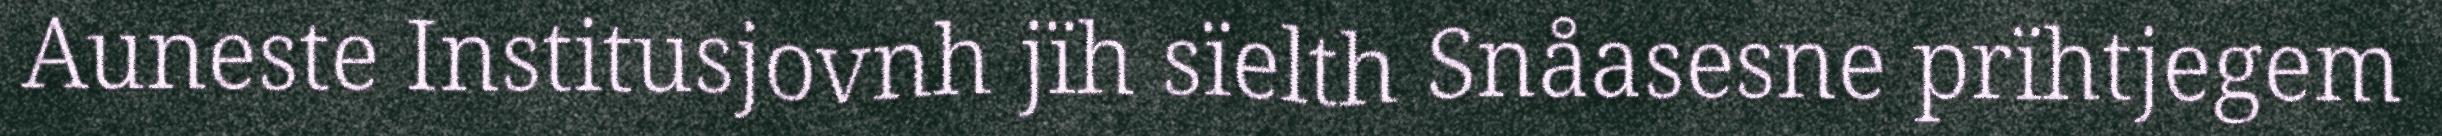
Auneste Institusjovnh jïh sïelth Snåasesne prïhtjegem